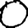
Digit: 0